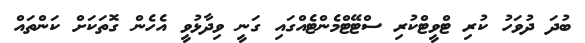
ބުދަ ދުވަހު ކުރި ޓްވީޓްކުރި ސްޓޭޓްމެންޓެއްގައި ގަނީ ވިދާޅުވީ އެހެން ގޮތަކަށް ކަންތައް